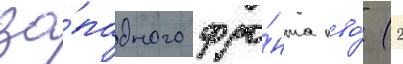
за́падного фро́нта пво́ (2